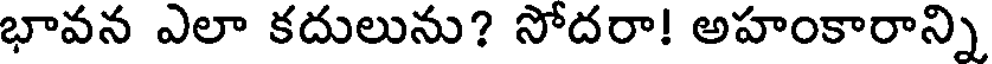
భావన ఎలా కదులును? సోదరా! అహంకారాన్ని